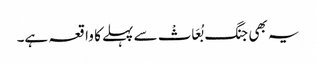
یہ بھی جنگ بُعَاثْ سے پہلے کا واقعہ ہے۔